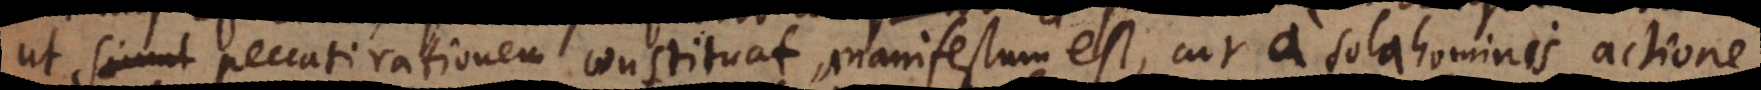
ut simul peccati rationem constituat, manifestum est, cur a sola hominis actione